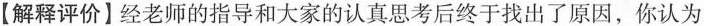
【解释评价】经老师的指导和大家的认真思考后终于找出了原因，你认为